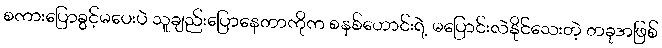
စကားပြောခွင့်မပေးပဲ သူချည်းပြောနေတာကိုက စနစ်ဟောင်းရဲ့ မပြောင်းလဲနိုင်သေးတဲ့ တခုအဖြစ်